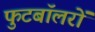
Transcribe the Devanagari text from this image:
फुटबॉलरों